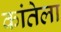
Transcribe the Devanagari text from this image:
कांतेला